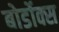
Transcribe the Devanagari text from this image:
बोर्डोक्स